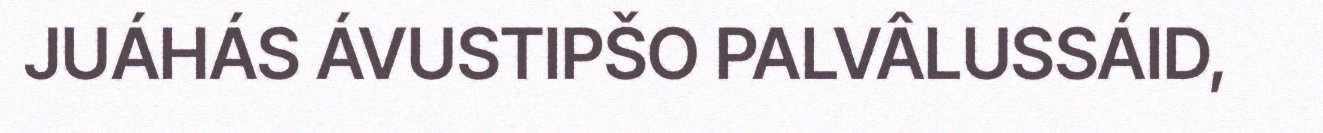
JUÁHÁS ÁVUSTIPŠO PALVÂLUSSÁID,